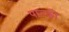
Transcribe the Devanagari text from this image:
पाल्की